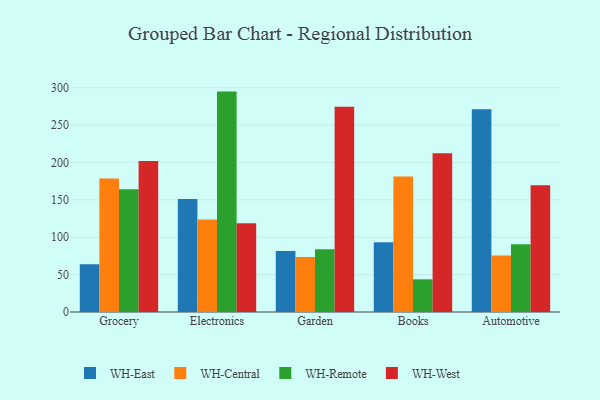
{"axis": {"x": "Category", "y": "Market Share (%)"}, "legend": ["WH-Central", "WH-East", "WH-Remote", "WH-West"], "data": [{"x": "Grocery", "y": 64.0, "type": "WH-East"}, {"x": "Grocery", "y": 178.5, "type": "WH-Central"}, {"x": "Grocery", "y": 164.3, "type": "WH-Remote"}, {"x": "Grocery", "y": 201.9, "type": "WH-West"}, {"x": "Electronics", "y": 151.1, "type": "WH-East"}, {"x": "Electronics", "y": 123.8, "type": "WH-Central"}, {"x": "Electronics", "y": 294.9, "type": "WH-Remote"}, {"x": "Electronics", "y": 118.7, "type": "WH-West"}, {"x": "Garden", "y": 81.5, "type": "WH-East"}, {"x": "Garden", "y": 73.6, "type": "WH-Central"}, {"x": "Garden", "y": 84.1, "type": "WH-Remote"}, {"x": "Garden", "y": 274.7, "type": "WH-West"}, {"x": "Books", "y": 93.3, "type": "WH-East"}, {"x": "Books", "y": 181.3, "type": "WH-Central"}, {"x": "Books", "y": 43.7, "type": "WH-Remote"}, {"x": "Books", "y": 212.5, "type": "WH-West"}, {"x": "Automotive", "y": 271.4, "type": "WH-East"}, {"x": "Automotive", "y": 75.7, "type": "WH-Central"}, {"x": "Automotive", "y": 90.5, "type": "WH-Remote"}, {"x": "Automotive", "y": 169.7, "type": "WH-West"}]}